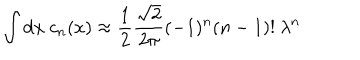
LaTeX: \int \mathrm { d } x \ c _ { n } ( x ) \approx { \frac { 1 } { 2 } } { \frac { \sqrt { 2 } } { 2 \pi } } ( - 1 ) ^ { n } ( n - 1 ) ! \ \lambda ^ { n }